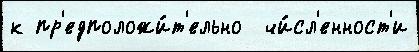
к пр'едположи́т'ельно  чи́сл'енност'и